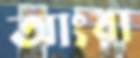
আংরা